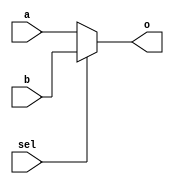
module mux2_16b(
   input [15:0] a,
   input [15:0] b,
   input sel,
   output [15:0] o
	);
	
	//0 -> a, 1 -> b
	assign o = sel ? b : a;
	
endmodule